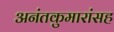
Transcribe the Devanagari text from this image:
अनंतकुमारांसह